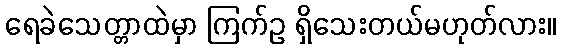
ရေခဲသေတ္တာထဲမှာ ကြက်ဥ ရှိသေးတယ်မဟုတ်လား။